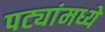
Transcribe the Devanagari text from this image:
पट्यांमध्ये